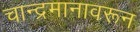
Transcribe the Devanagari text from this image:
चान्द्रमानावरून